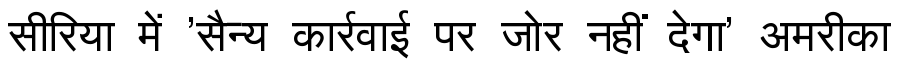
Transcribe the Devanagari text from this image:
सीरिया में 'सैन्य कार्रवाई पर जोर नहीं देगा' अमरीका